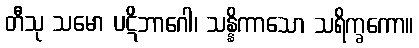
တီသု သမော ပဋိဘာဂေါ၊ သန္နိကာသော သရိက္ခကော။